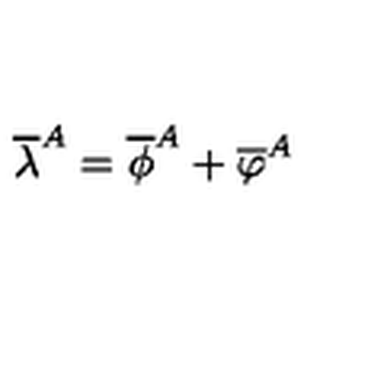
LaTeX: \overline { { \lambda } } ^ { A } = \overline { { \phi } } ^ { A } + \overline { { \varphi } } ^ { A }